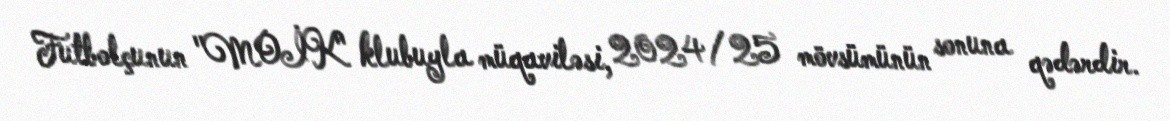
Futbolçunun "MOİK" klubuyla müqaviləsi, 2024/25 mövsümünün sonuna qədərdir.